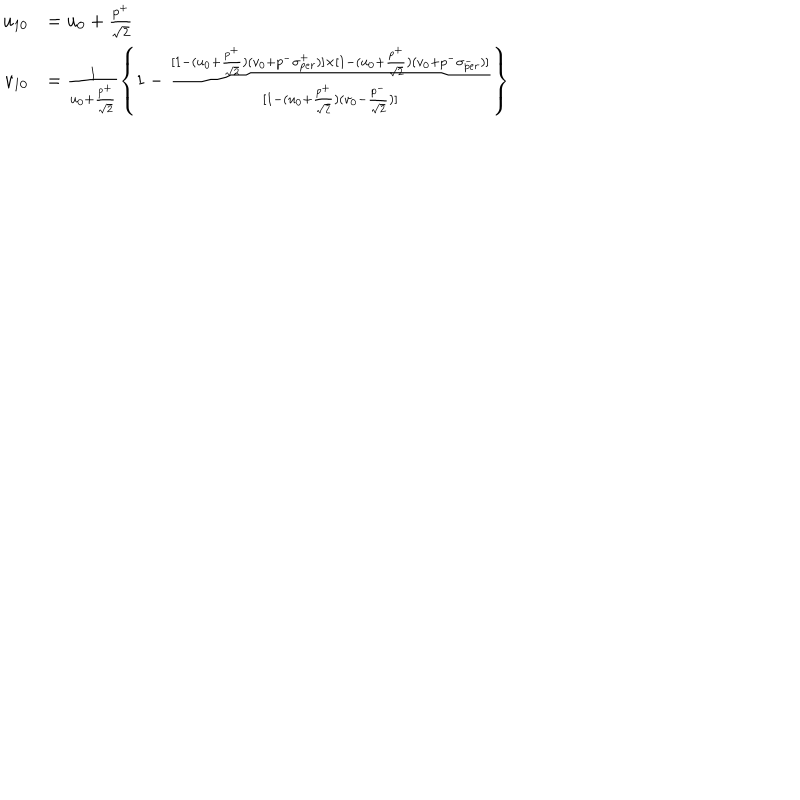
LaTeX: \begin{array} { r l } { { u _ { 1 0 } } } & { { = u _ { 0 } + \frac { p ^ { + } } { \sqrt { 2 } } } } \\ { { v _ { 1 0 } } } & { { = \frac { 1 } { u _ { 0 } + \frac { p ^ { + } } { \sqrt { 2 } } } \left\{ 1 - \frac { [ 1 - ( u _ { 0 } + \frac { p ^ { + } } { \sqrt { 2 } } ) ( v _ { 0 } + p ^ { - } \sigma _ { p e r } ^ { + } ) ] \times [ 1 - ( u _ { 0 } + \frac { p ^ { + } } { \sqrt { 2 } } ) ( v _ { 0 } + p ^ { - } \sigma _ { p e r } ^ { - } ) ] } { [ 1 - ( u _ { 0 } + \frac { p ^ { + } } { \sqrt { 2 } } ) ( v _ { 0 } - \frac { p ^ { - } } { \sqrt { 2 } } ) ] } \right\} } } \\ \end{array}